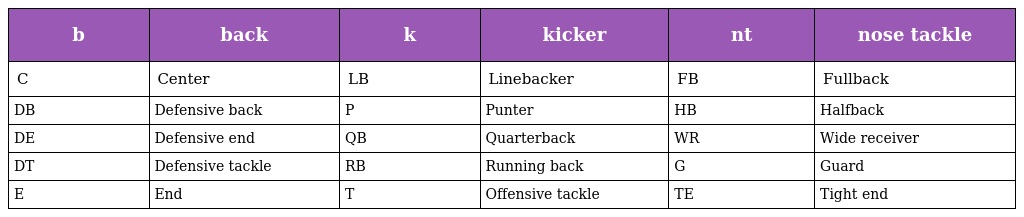
| b | back | k | kicker | nt | nose tackle |
 | --- | --- | --- | --- | --- | --- |
 | C | Center | LB | Linebacker | FB | Fullback |
 | DB | Defensive back | P | Punter | HB | Halfback |
 | DE | Defensive end | QB | Quarterback | WR | Wide receiver |
 | DT | Defensive tackle | RB | Running back | G | Guard |
 | E | End | T | Offensive tackle | TE | Tight end |